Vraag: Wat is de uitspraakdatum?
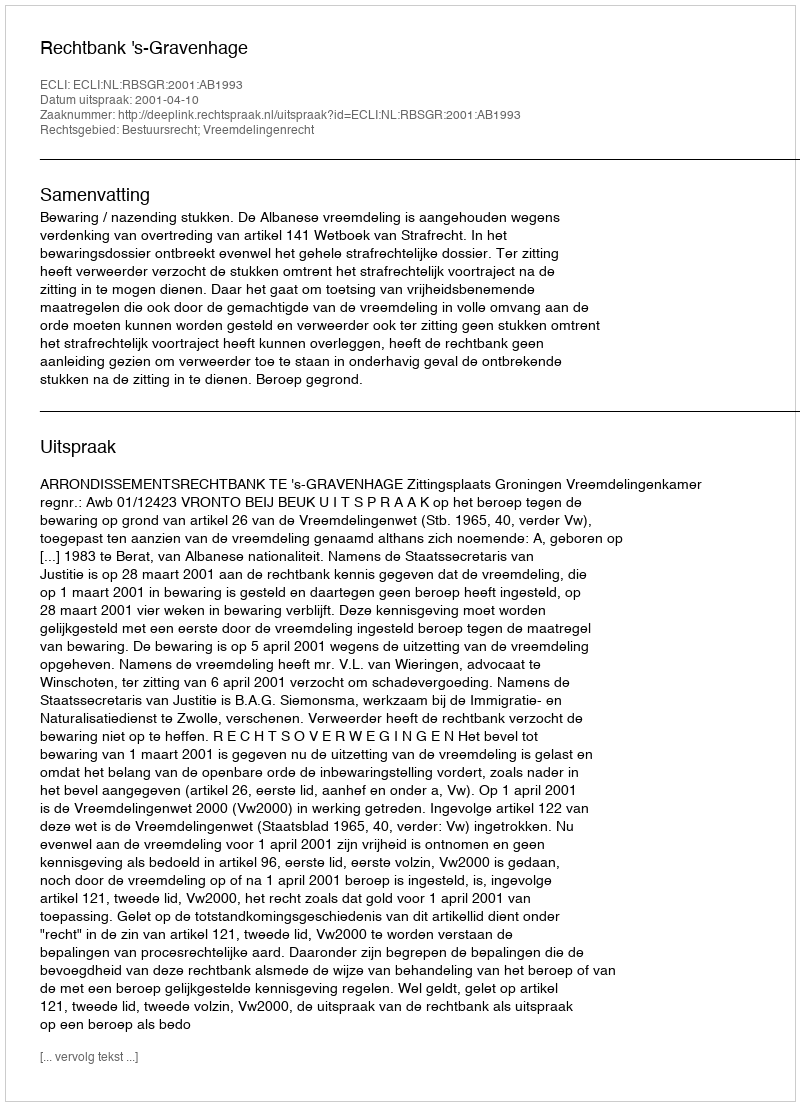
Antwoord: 2001-04-10